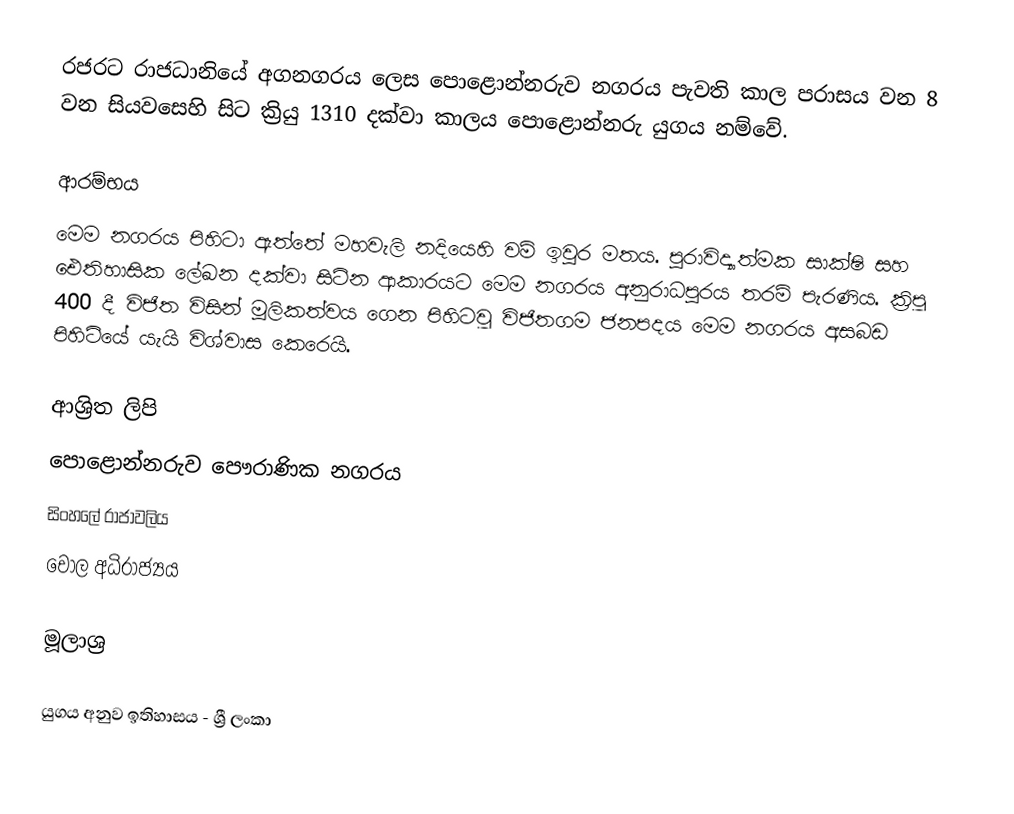
රජරට රාජධානියේ අගනගරය ලෙස පොළොන්නරුව නගරය පැවති කාල පරාසය වන  8 වන සියවසෙහි සිට ක්‍රියු 1310 දක්වා කාලය පොළොන්නරු යුගය නම්වේ.

ආරම්භය
මෙම නගරය පිහිටා ඇත්තේ මහවැලි නදියෙහි වම් ඉවුර මතය. පුරාවිද්‍යාත්මක සාක්ෂි සහ  ඓතිහාසික ලේඛන  දක්වා සිටින ආකාරයට මෙම නගරය අනුරාධපුරය තරම් පැරණිය. ක්‍රිපූ 400 දී විජිත විසින් මූලිකත්වය ගෙන පිහිටවූ  විජිතගම ජනපදය මෙම නගරය අසබඩ පිහිටියේ යැයි විශ්වාස කෙරෙයි.

ආශ්‍රිත ලිපි
 පොළොන්නරුව පෞරාණික නගරය
 සිංහලේ රාජාවලිය
 චෝල අධිරාජ්‍යය

මූලාශ්‍ර

යුගය අනුව ඉතිහාසය - ශ්‍රී ලංකා